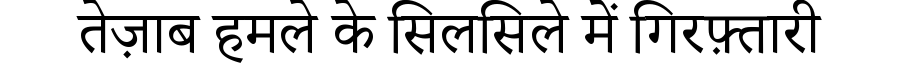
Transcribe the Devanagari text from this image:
तेज़ाब हमले के सिलसिले में गिरफ़्तारी